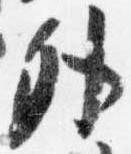
外